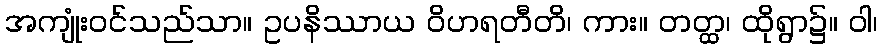
အကျုံးဝင်သည်သာ။ ဥပနိဿာယ ဝိဟရတီတိ၊ ကား။ တတ္ထ၊ ထိုရွာ၌။ ဝါ၊